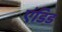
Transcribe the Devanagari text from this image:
एंडिड